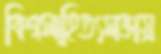
বিশ্বসাহিত্যসভায়